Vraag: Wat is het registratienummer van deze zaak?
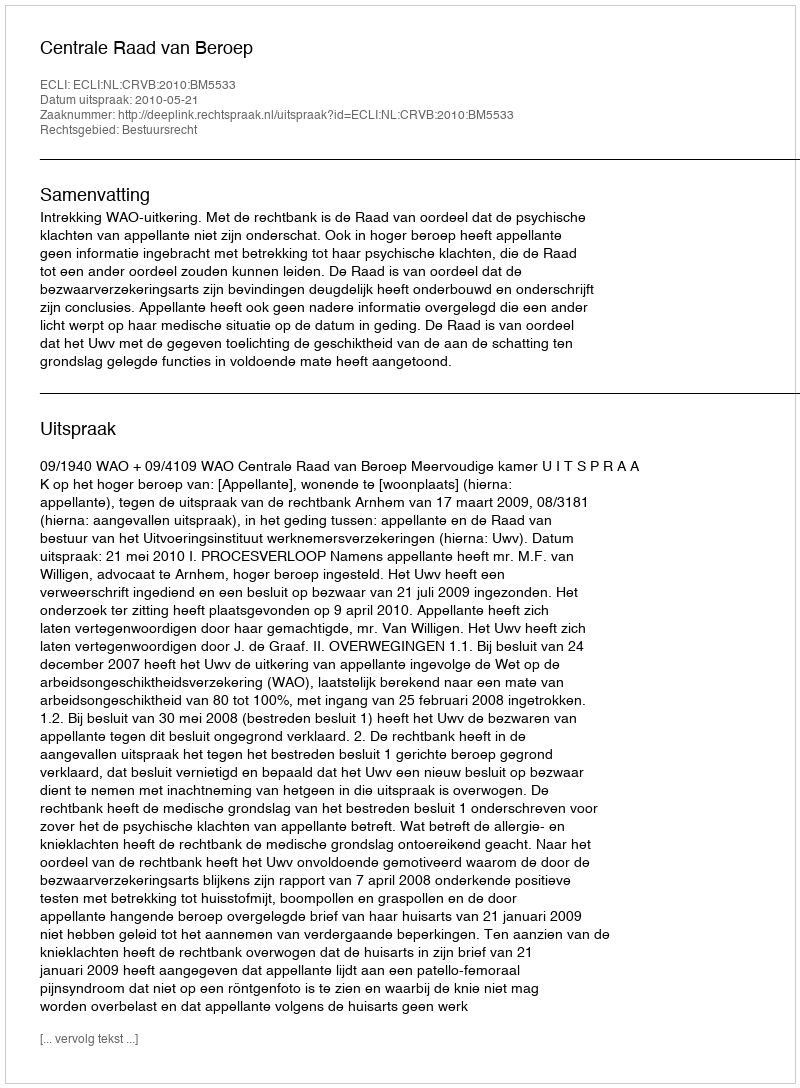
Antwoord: http://deeplink.rechtspraak.nl/uitspraak?id=ECLI:NL:CRVB:2010:BM5533